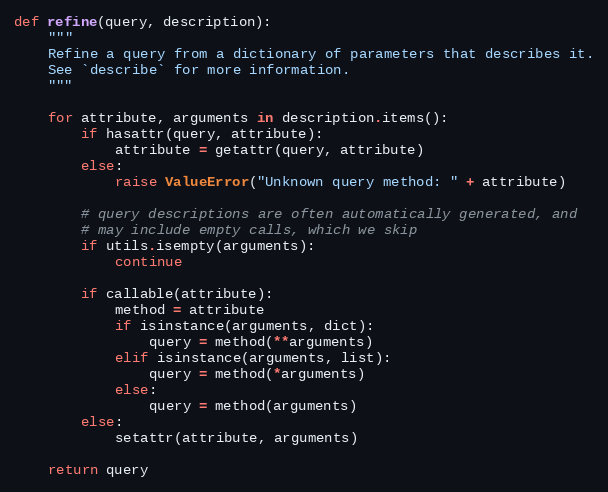
Language: Python
def refine(query, description):
    """
    Refine a query from a dictionary of parameters that describes it.
    See `describe` for more information.
    """

    for attribute, arguments in description.items():
        if hasattr(query, attribute):
            attribute = getattr(query, attribute)
        else:
            raise ValueError("Unknown query method: " + attribute)

        # query descriptions are often automatically generated, and
        # may include empty calls, which we skip
        if utils.isempty(arguments):
            continue

        if callable(attribute):
            method = attribute
            if isinstance(arguments, dict):
                query = method(**arguments)
            elif isinstance(arguments, list):
                query = method(*arguments)
            else:
                query = method(arguments)
        else:
            setattr(attribute, arguments)

    return query